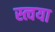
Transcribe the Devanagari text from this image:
स्त्वया